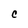
Character: C